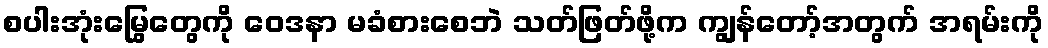
စပါးအုံးမြွေတွေကို ဝေဒနာ မခံစားစေဘဲ သတ်ဖြတ်ဖို့က ကျွန်တော့်အတွက် အရမ်းကို